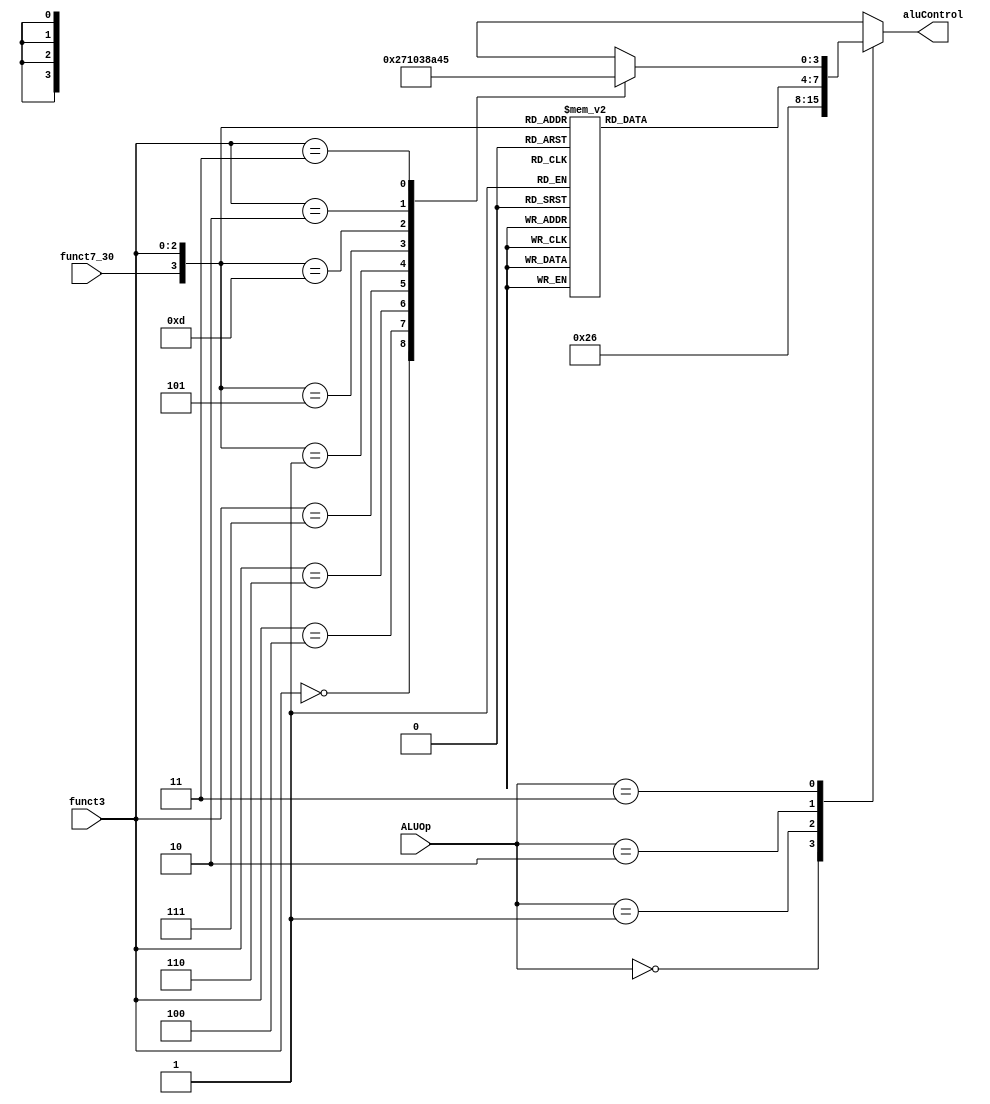
module ALUControl (
    input      [1:0] ALUOp,
    input            funct7_30,
    input      [2:0] funct3,
    output reg [3:0] aluControl
);

    always @(*) begin
        case (ALUOp)
            2'b00: aluControl <= 4'b0010;  // add
            2'b01: aluControl <= 4'b0110;  // sub
            2'b10:  // R-type
            case ({
                funct7_30, funct3
            })
                4'b0000: aluControl <= 4'b0010;  // add
                4'b1000: aluControl <= 4'b0110;  // sub
                4'b0100: aluControl <= 4'b0111;  // xor
                4'b0110: aluControl <= 4'b0001;  // or
                4'b0111: aluControl <= 4'b0000;  // and
                4'b0001: aluControl <= 4'b0011;  // sll
                4'b0101: aluControl <= 4'b1000;  // srl
                4'b1101: aluControl <= 4'b1010;  // sra
                4'b0010: aluControl <= 4'b0100;  // slt
                4'b0011: aluControl <= 4'b0101;  // sltu
                default: aluControl <= 4'bxxxx;
            endcase
            2'b11:  // I-type
            casez ({
                funct7_30, funct3
            })
                4'bz000: aluControl <= 4'b0010;  // addi
                4'bz100: aluControl <= 4'b0111;  // xori
                4'bz110: aluControl <= 4'b0001;  // ori
                4'bz111: aluControl <= 4'b0000;  // andi

                4'b0001: aluControl <= 4'b0011;  // slli imm[0:4]
                4'b0101: aluControl <= 4'b1000;  // srli imm[0:4]
                4'b1101: aluControl <= 4'b1010;  // srai imm[0:4]

                4'bz010: aluControl <= 4'b0100;  // slti
                4'bz011: aluControl <= 4'b0101;  // sltiu
                default: aluControl <= 4'bxxxx;
            endcase
        endcase
    end
endmodule